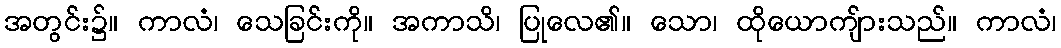
အတွင်း၌။ ကာလံ၊ သေခြင်းကို။ အကာသိ၊ ပြုလေ၏။ သော၊ ထိုယောကျ်ားသည်။ ကာလံ၊